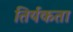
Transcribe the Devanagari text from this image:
तिर्यकता